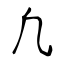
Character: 凢